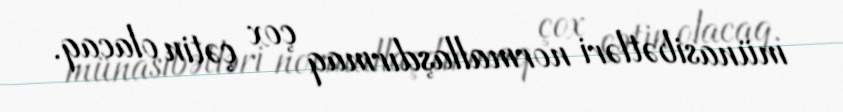
münasibətləri normallaşdırmaq çox çətin olacaq.